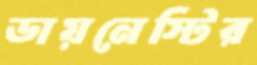
ডায়নেস্টির